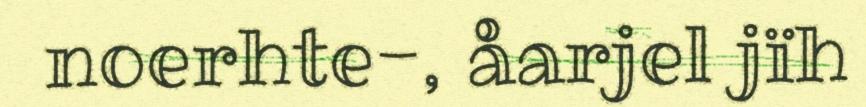
noerhte-, åarjel jïh